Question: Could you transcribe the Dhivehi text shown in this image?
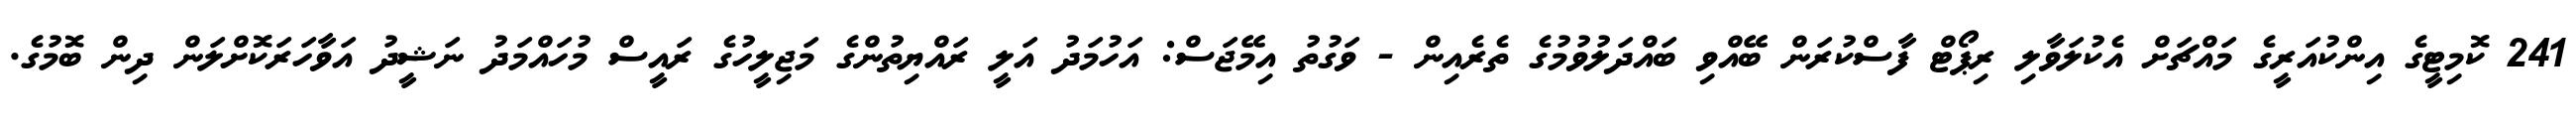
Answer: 241 ކޮމިޓީގެ އިންކުއަރީގެ މައްޗަށް އެކުލަވާލި ރިޕޯޓް ފާސްކުރަން ބޭއްވި ބައްދަލުވުމުގެ ތެރެއިން - ވަގުތު އިމޭޖަސް: އަހުމަދު އަލީ ރައްޔިތުންގެ މަޖިލީހުގެ ރައީސް މުހައްމަދު ނަޝީދު އަވާހަރަކޮށްލަން ދިން ބޮމުގެ.